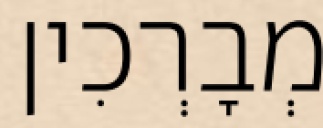
מְבָרְכִין